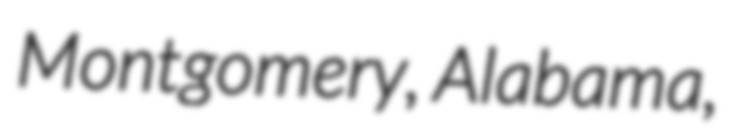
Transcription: Montgomery, Alabama,